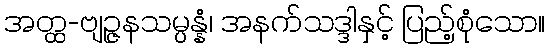
အတ္ထ-ဗျဉ္ဇနသမ္ပန္နံ၊ အနက်သဒ္ဒါနှင့် ပြည့်စုံသော။